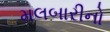
મલબારીનો